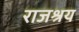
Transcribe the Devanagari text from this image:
राजश्रय